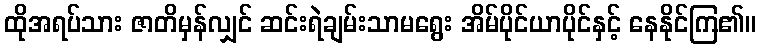
ထိုအရပ်သား ဇာတိမှန်လျှင် ဆင်းရဲချမ်းသာမရွေး အိမ်ပိုင်ယာပိုင်နှင့် နေနိုင်ကြ၏။